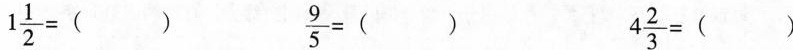
$$1 \frac { 1 } { 2 } =（ )$$ $$\frac { 9 } { 5 } = ( )$$ $$4 \frac { 2 } { 3 } = ( )$$